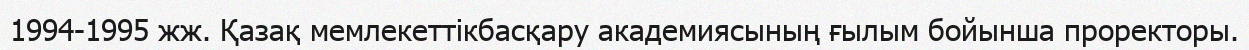
1994-1995 жж. Қазақ мемлекеттікбасқару академиясының ғылым бойынша проректоры.